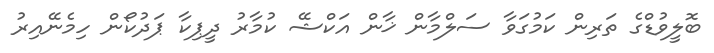
ބޮލީވުޑްގެ ތަރިން ކަމުގަވާ ސަލްމާން ޚާން އަކްޝޭ ކުމާރު ދީޕިކާ ޕަދުކޯން ހިމެނޭއިރު